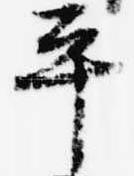
平